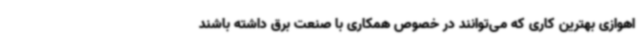
اهوازی بهترین کاری که می‌توانند در خصوص همکاری با صنعت برق داشته باشند